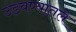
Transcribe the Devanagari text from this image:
उडवण्यातले